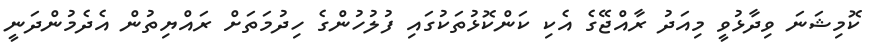
ކޮމިޝަނަ ވިދާޅުވީ މިއަދު ރާއްޖޭގެ އެކި ކަންކޮޅުތަކުގައި ފުލުހުންގެ ހިދުމަތަށް ރައްޔިތުން އެދެމުންދަނީ